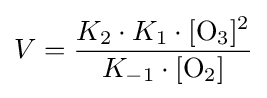
V={K_{2}\cdot K_{1}\cdot [{\mathrm {O} {\vphantom {A}}_{\smash[{t}]{3}}}]^{2} \over K_{-1}\cdot [{\mathrm {O} {\vphantom {A}}_{\smash[{t}]{2}}}]}